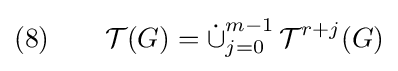
(8)\qquad {\mathcal {T}}(G)={\dot {\cup }}_{j=0}^{m-1}\,{\mathcal {T}}^{r+j}(G)